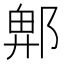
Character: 𮠁